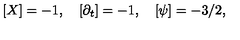
[ X ] = - 1 , \quad [ \partial _ { t } ] = - 1 , \quad [ \psi ] = - 3 / 2 ,